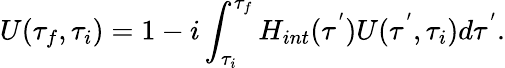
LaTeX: U(\tau_{f},\tau_{i})=1-i\int_{\tau_{i}}^{\tau_{f}}H_{int}(\tau^{'})U(\tau^{'},\tau_{i})d\tau^{'}.